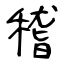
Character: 稽